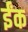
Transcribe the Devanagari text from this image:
ईंक